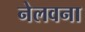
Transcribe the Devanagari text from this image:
नेलवना